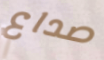
صداع